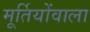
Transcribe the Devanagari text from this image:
मूर्तियोंवाला